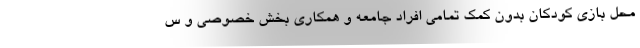
محل بازی کودکان بدون کمک تمامی افراد جامعه و همکاری بخش خصوصی و س